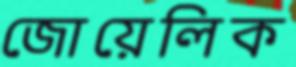
জোয়েলিক